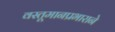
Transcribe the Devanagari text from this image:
वस्तूमानप्रभाराने